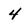
Character: 4